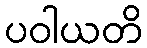
ပဝါယတိ